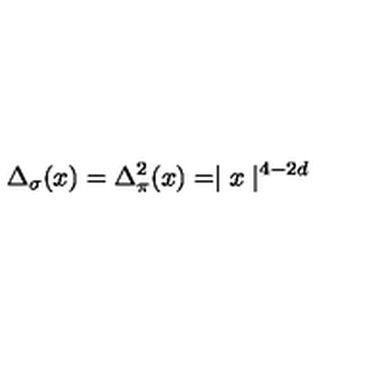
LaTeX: \Delta _ { \sigma } ( x ) = \Delta _ { \pi } ^ { 2 } ( x ) = \mid { x } \mid ^ { 4 - 2 d }